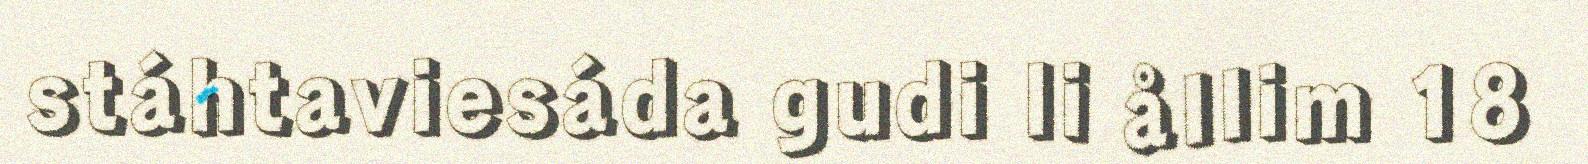
stáhtaviesáda gudi li ållim 18